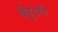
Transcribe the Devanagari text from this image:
बेहुदगी